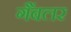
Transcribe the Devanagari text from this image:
गैंबलर